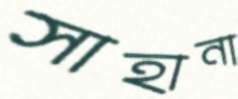
সাহানা